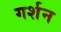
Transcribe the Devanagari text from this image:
गर्शन